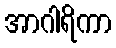
အာဂါရိကာ